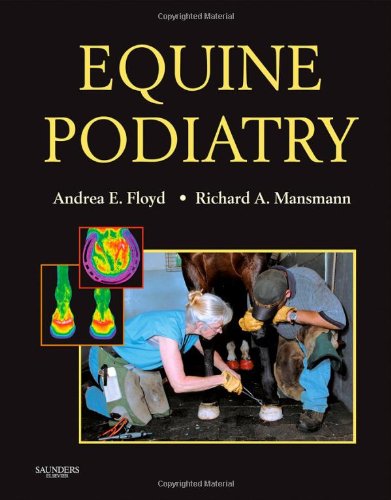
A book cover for Equine Podiatry, 1e; Andrea Floyd DVM; Medical Books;